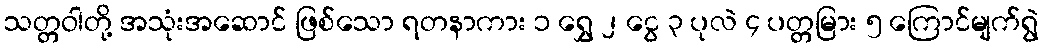
သတ္တဝါတို့ အသုံးအဆောင် ဖြစ်သော ရတနာကား ၁ ရွှေ ၂ ငွေ ၃ ပုလဲ ၄ ပတ္တမြား ၅ ကြောင်မျက်ရွဲ